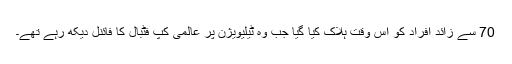
70 سے زائد افراد کو اُس وقت ہلاک کیا گیا جب وہ ٹیلیویژن پر عالمی کپ فٹبال کا فائنل دیکھ رہے تھے۔